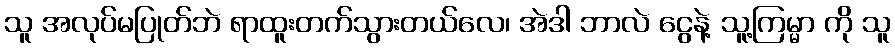
သူ အလုပ်မပြုတ်ဘဲ ရာထူးတက်သွားတယ်လေ၊ အဲဒါ ဘာလဲ ငွေနဲ့ သူ့ကြမ္မာ ကို သူ